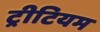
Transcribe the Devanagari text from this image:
ट्रीटियम